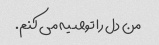
من دل را توصیه می کنم.